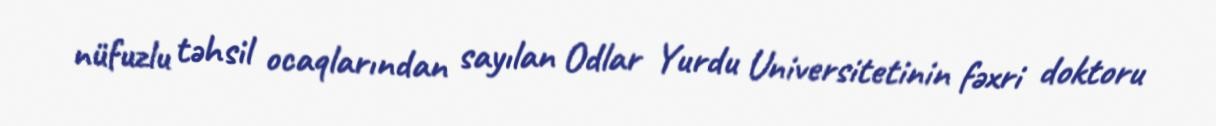
nüfuzlu təhsil ocaqlarından sayılan Odlar Yurdu Universitetinin fəxri doktoru